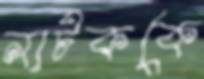
নাটককে